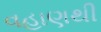
વહાણથી